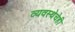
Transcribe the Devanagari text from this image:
व्यवस्थेचेही